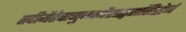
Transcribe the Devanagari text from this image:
तदीयैरेवानुबन्धैस्त्तद्वत्तासिद्धेर्न